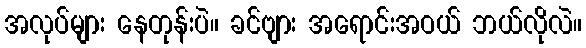
အလုပ်များ နေတုန်းပဲ။ ခင်ဗျား အရောင်းအဝယ် ဘယ်လိုလဲ။